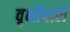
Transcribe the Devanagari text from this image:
वृक्षोंवाले